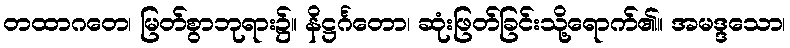
တထာဂတေ၊ မြတ်စွာဘုရား၌။ နိဋ္ဌင်္ဂတော၊ ဆုံးဖြတ်ခြင်းသို့ရောက်၏။ အမဒ္ဒသော၊